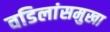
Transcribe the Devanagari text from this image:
वडिलांसमुखा